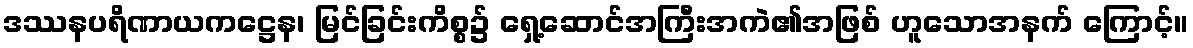
ဒဿနပရိဏာယကဋ္ဌေန၊ မြင်ခြင်းကိစ္စ၌ ရှေ့ဆောင်အကြီးအကဲ၏အဖြစ် ဟူသောအနက် ကြောင့်။